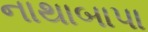
નાથાબાપા